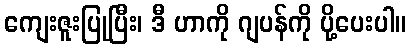
ကျေးဇူးပြုပြီး၊ ဒီ ဟာကို ဂျပန်ကို ပို့ပေးပါ။